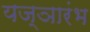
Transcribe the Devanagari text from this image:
यज्ञारंभ